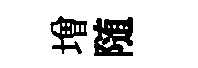
増随